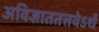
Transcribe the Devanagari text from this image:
अविज्ञाततत्तवेऽर्थे